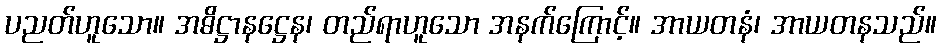
ပညတ်ဟူသော။ အဓိဋ္ဌာနဋ္ဌေန၊ တည်ရာဟူသော အနက်ကြောင့်။ အာယတနံ၊ အာယတနသည်။